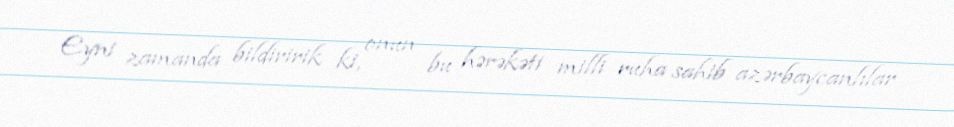
Eyni zamanda bildiririk ki, onun bu hərəkəti milli ruha sahib azərbaycanlılar